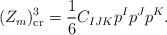
LaTeX: \begin{align*}(Z_m ) ^3 _{{\rm cr}} = {\frac{1}{6}}C_{IJK} p^I p^J p^K.\end{align*}